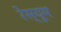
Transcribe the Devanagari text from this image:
रेस्यूम